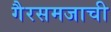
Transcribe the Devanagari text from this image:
गैरसमजाची